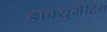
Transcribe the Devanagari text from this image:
डाक्युमेंटिंग